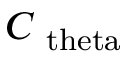
C _ { \mathrm { \ t h e t a } }